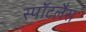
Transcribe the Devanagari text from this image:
स्पॉटलैस